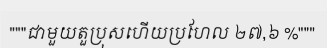
"""ជាមួយតួប្រុសហើយប្រហែល ២៧,៦ %"""